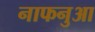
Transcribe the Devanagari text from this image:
नाफनुआ